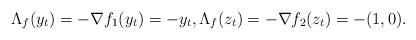
LaTeX: \begin{align*} \Lambda_f(y_t)=-\nabla f_1(y_t)=-y_t, \Lambda_f(z_t)=-\nabla f_2(z_t)=-(1,0). \end{align*}